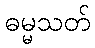
ဓမ္မသတ်